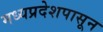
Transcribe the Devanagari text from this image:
मध्यप्रदेशपासून